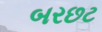
બરછટ